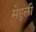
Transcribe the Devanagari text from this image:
मेहुली